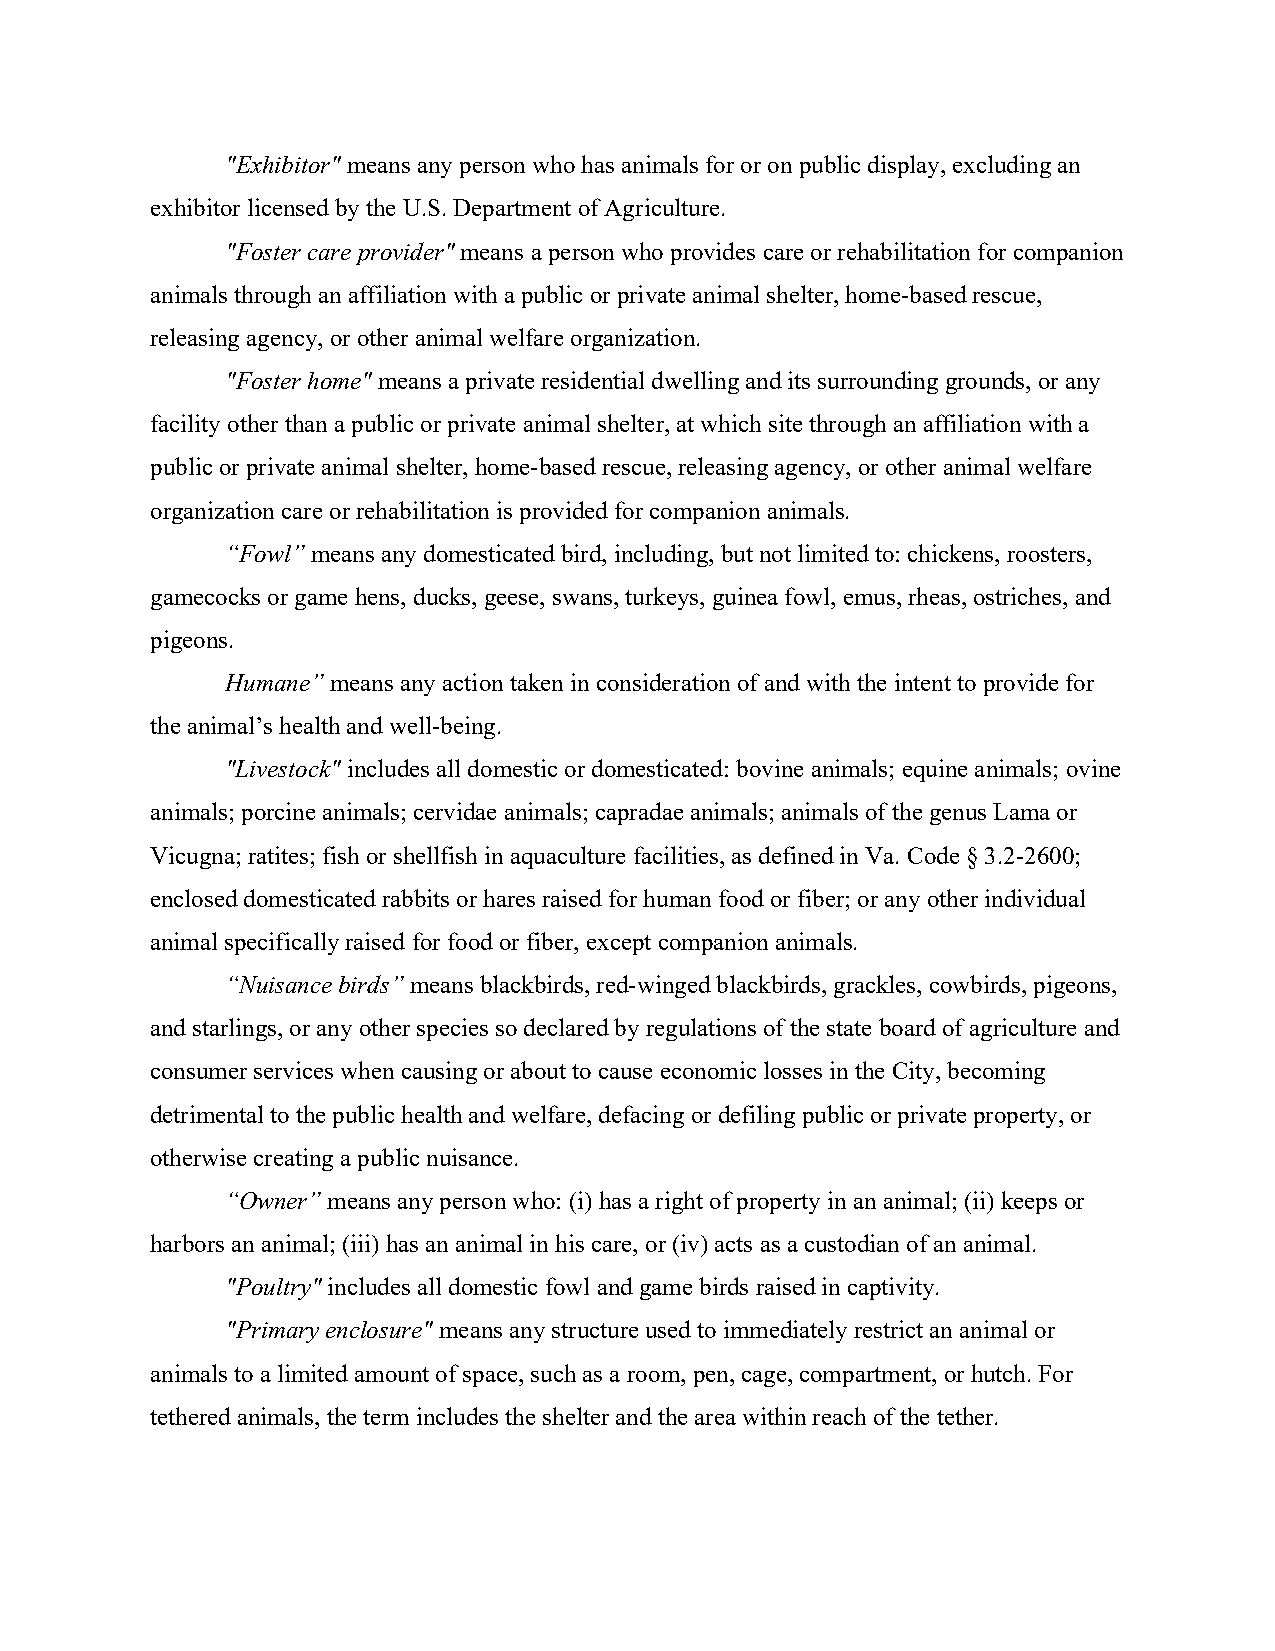
"Exhibitor" means any person who has animals for or on public display, excluding an
 exhibitor licensed by the U.S. Department of Agriculture.
 "Foster care provider" means a person who provides care or rehabilitation for companion
 animals through an affiliation with a public or private animal shelter, home-based rescue,
 releasing agency, or other animal welfare organization.
 "Foster home" means a private residential dwelling and its surrounding grounds, or any
 facility other than a public or private animal shelter, at which site through an affiliation with a
 public or private animal shelter, home-based rescue, releasing agency, or other animal welfare
 organization care or rehabilitation is provided for companion animals.
 “Fowl” means any domesticated bird, including, but not limited to: chickens, roosters,
 gamecocks or game hens, ducks, geese, swans, turkeys, guinea fowl, emus, rheas, ostriches, and
 pigeons.
 Humane” means any action taken in consideration of and with the intent to provide for
 the animal’s health and well-being.
 "Livestock" includes all domestic or domesticated: bovine animals; equine animals; ovine
 animals; porcine animals; cervidae animals; capradae animals; animals of the genus Lama or
 Vicugna; ratites; fish or shellfish in aquaculture facilities, as defined in Va. Code § 3.2-2600;
 enclosed domesticated rabbits or hares raised for human food or fiber; or any other individual
 animal specifically raised for food or fiber, except companion animals.
 “Nuisance birds” means blackbirds, red-winged blackbirds, grackles, cowbirds, pigeons,
 and starlings, or any other species so declared by regulations of the state board of agriculture and
 consumer services when causing or about to cause economic losses in the City, becoming
 detrimental to the public health and welfare, defacing or defiling public or private property, or
 otherwise creating a public nuisance.
 “Owner” means any person who: (i) has a right of property in an animal; (ii) keeps or
 harbors an animal; (iii) has an animal in his care, or (iv) acts as a custodian of an animal.
 "Poultry" includes all domestic fowl and game birds raised in captivity.
 "Primary enclosure" means any structure used to immediately restrict an animal or
 animals to a limited amount of space, such as a room, pen, cage, compartment, or hutch. For
 tethered animals, the term includes the shelter and the area within reach of the tether.